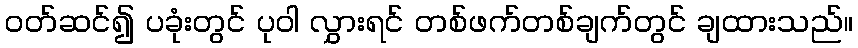
ဝတ်ဆင်၍ ပခုံးတွင် ပုဝါ လွှားရင် တစ်ဖက်တစ်ချက်တွင် ချထားသည်။